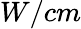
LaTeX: W/cm